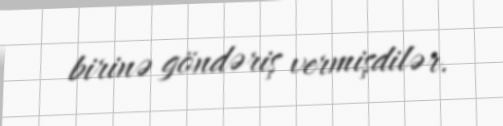
birinə göndəriş vermişdilər.